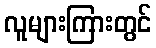
လူများကြားတွင်